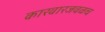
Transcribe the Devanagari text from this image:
कारवारजवळच